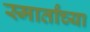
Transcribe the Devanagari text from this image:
स्मार्तांच्या